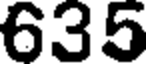
635